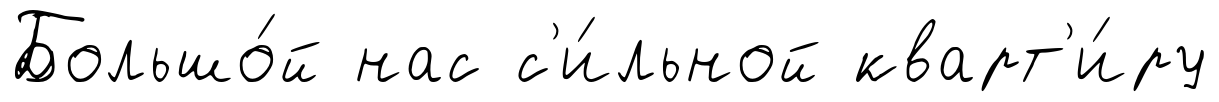
Большо́й нас с'и́льной кварт'и́ру